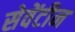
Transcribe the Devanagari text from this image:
सेवेंटीन